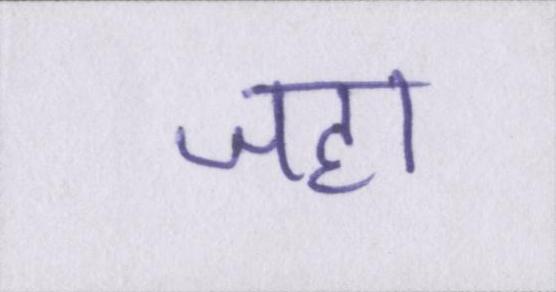
जहा